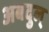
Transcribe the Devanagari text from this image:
अबदुल्